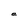
Character: e